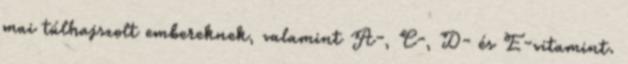
mai túlhajszolt embereknek, valamint A-, C-, D- és E-vitamint.